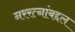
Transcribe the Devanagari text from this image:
नररत्नांबद्दल